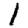
Digit: 1